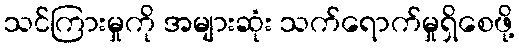
သင်ကြားမှုကို အများဆုံး သက်ရောက်မှုရှိစေဖို့